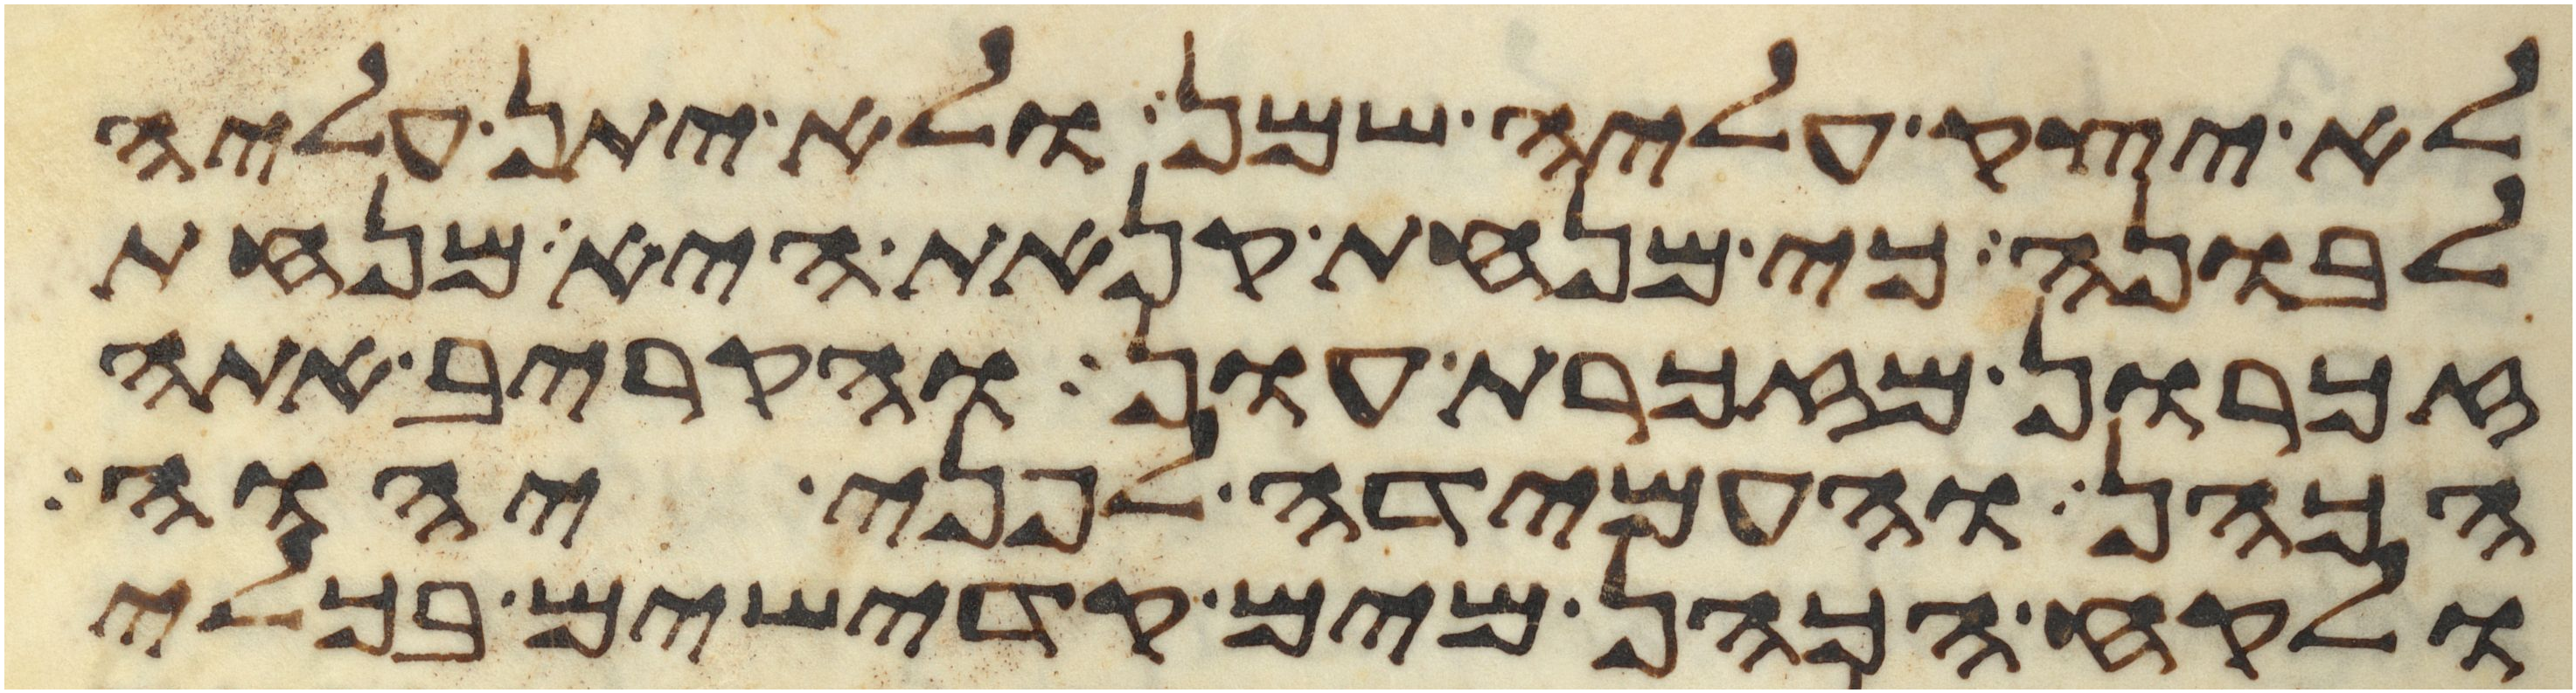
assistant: לא יצק עליה שמן ולא יתן עליה
לבונה כי מנחת קנאת היא מנחת
זכרון מזכרת עון והקריב אתה
הכהן והעמידה לפני יהוה
ולקח הכהן מים קדישים בכלי